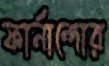
ফার্নান্দোর